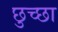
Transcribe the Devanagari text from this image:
छुच्छा